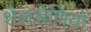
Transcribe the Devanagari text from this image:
शैलश्रेणियों